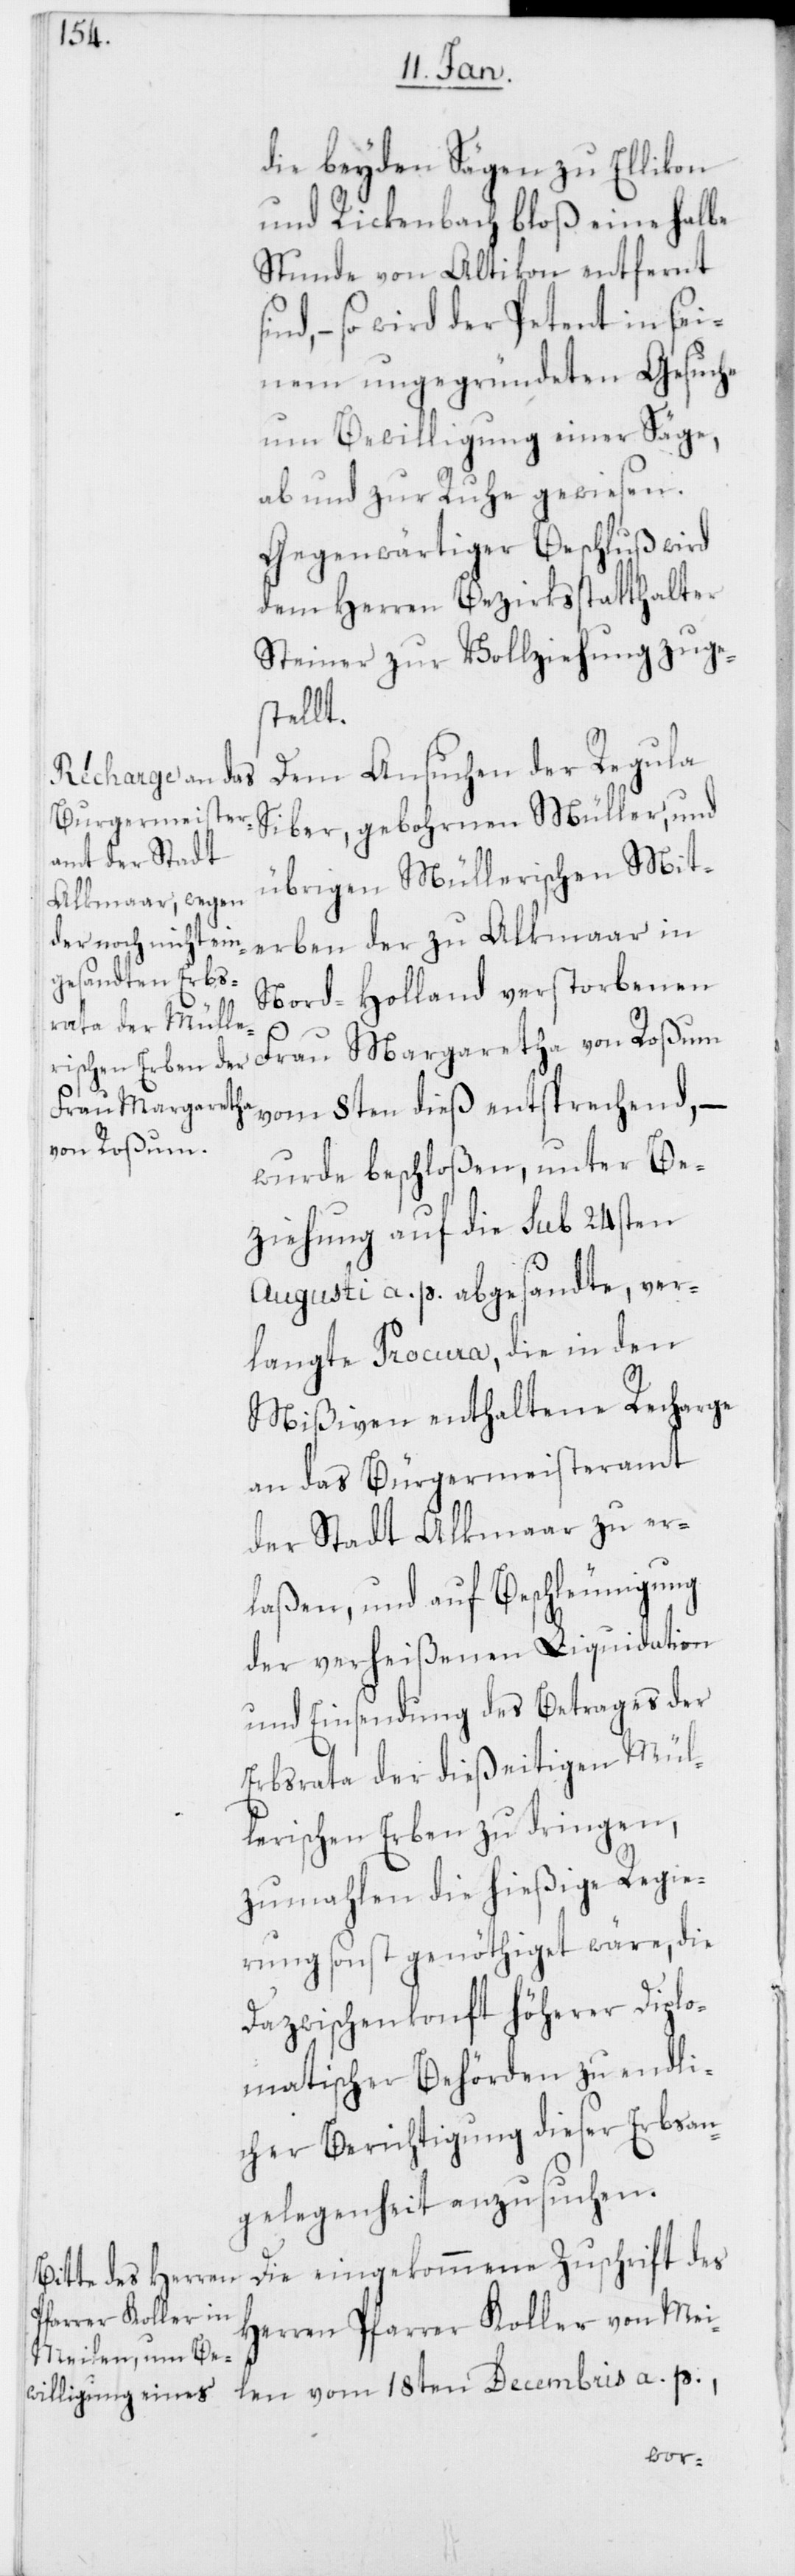
die beyden Sägen zu Ellikon
und Rickenbach bloß eine halbe
Stunde von Altikon entfernt
so wird der Petent in sei¬
nem ungegründeten Gesuche
um Bewilligung einer Säge,
ab und zur Ruhe gewiesen.
Gegenwärtiger Beschluß wird
dem Herren Bezirksstatthalter
Steiner zur Vollziehung zuge¬
stellt.
Dem Ansuchen der Regula
Siber, gebohrnen Müller, und
übrigen Müllerischen Mit¬
erben der zu Alkmaar in
Nord-Holland verstorbenen
Frau Margaretha von Roßum
vom 8ten dieß entsprechend, –
wurde beschloßen, unter Be¬
ziehung auf die sub 24sten
Augusti a. p. abgesandte, ver¬
langte Procura, die in den
Mißiven enthaltene Recharge
an das Bürgermeisteramt
der Stadt Alkmaar zu er¬
laßen, und auf Beschleunigung
der verheißenen Liquidation
und Einsendung des Betrages der
Erbsrata der dießeitigen Mül¬
lerischen Erben zu dringen,
zumahlen die hießige Regie¬
rung sonst genöthiget wäre, die
Dazwischenkonft höherer Diplo¬
matischer Behörden zu endli¬
cher Berichtigung dieser Erbsan¬
gelegenheit anzusuchen.
Die eingekommene Zuschrift des
Herren Pfarrer Koller von Mei¬
len vom 18ten Decembris a. p.,